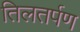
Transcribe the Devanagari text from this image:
तिलतर्पण